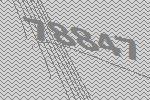
78847